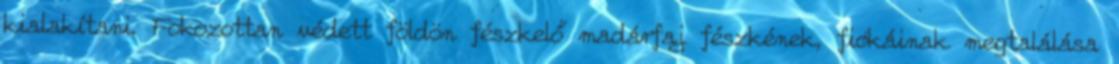
kialakítani. Fokozottan védett földön fészkelő madárfaj fészkének, fiókáinak megtalálása